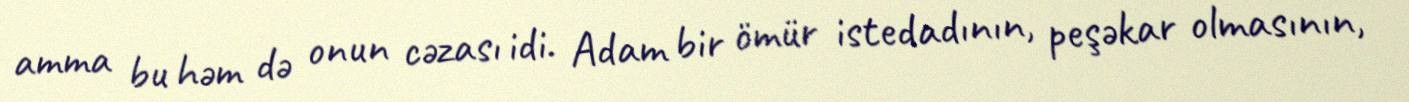
amma bu həm də onun cəzası idi. Adam bir ömür istedadının, peşəkar olmasının,